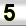
Digit: 5